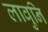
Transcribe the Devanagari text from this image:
लावुनि